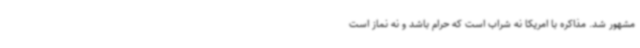
مشهور شد. مذاکره با امریکا نه شراب است که حرام باشد و نه نماز است